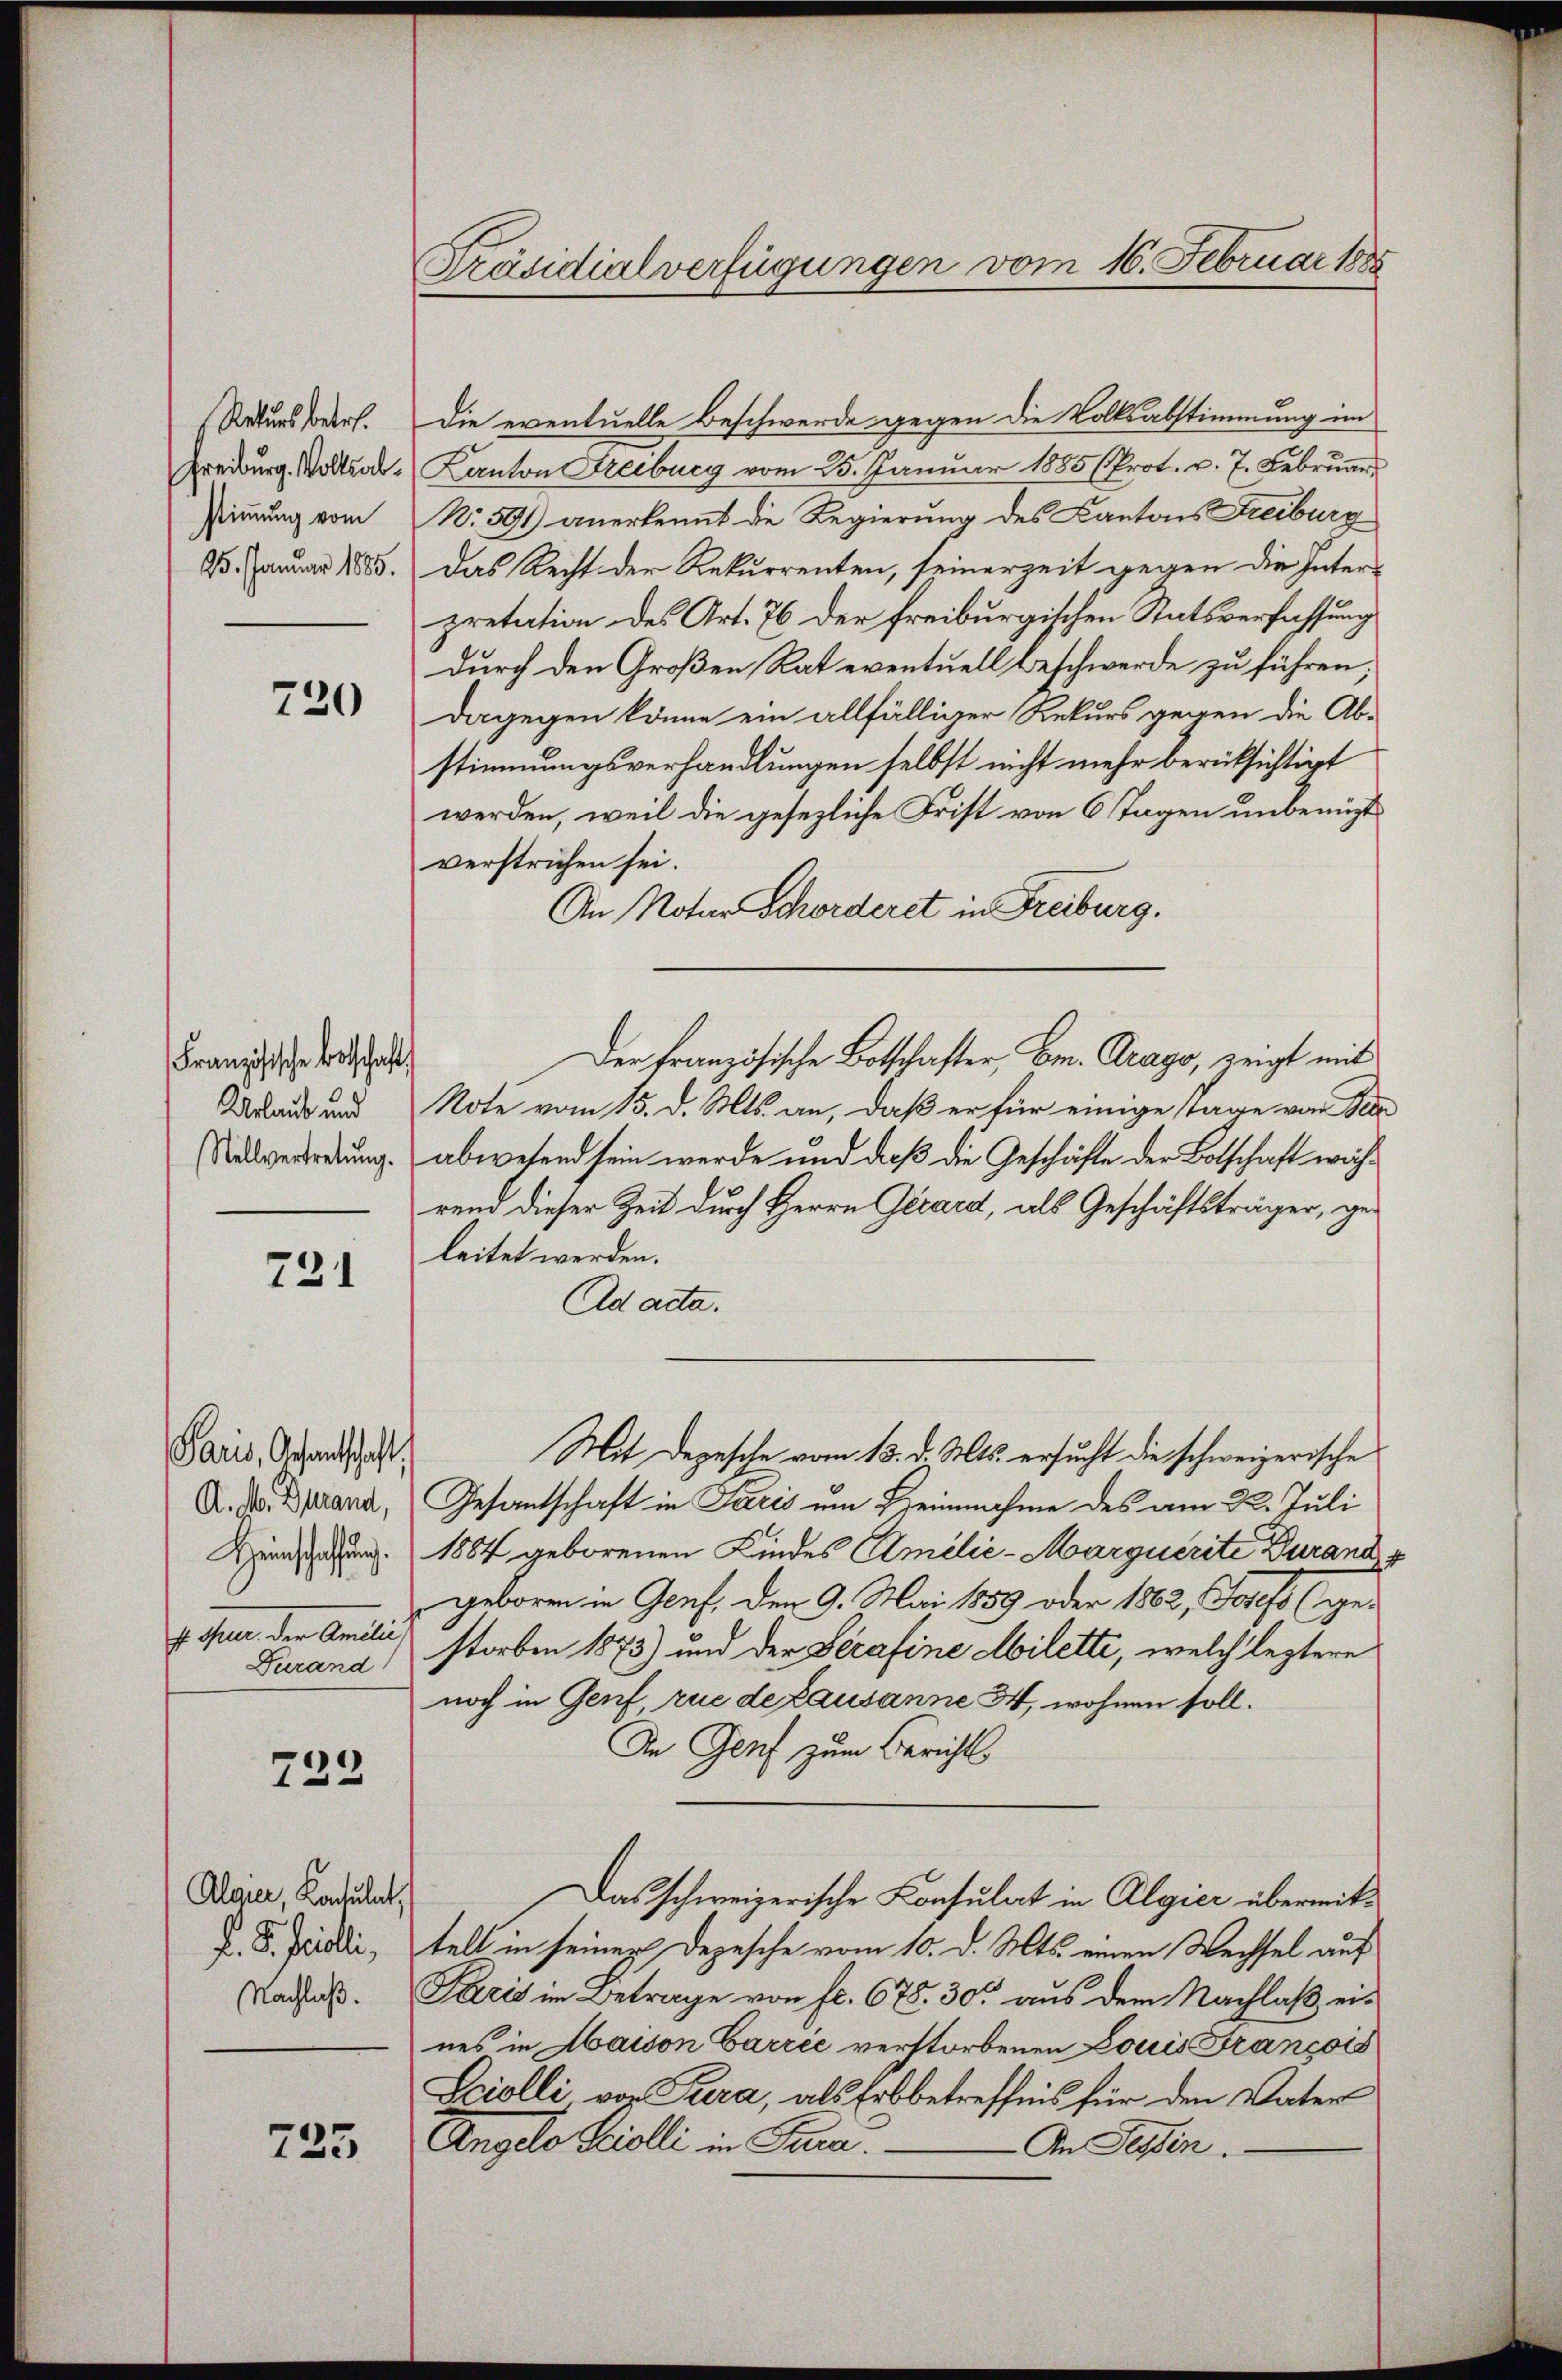
(Raturs betr.
Freiburg. Volksabstimmung vom
15. Januar 1885.

220

Französische Botschaft,
Urlaub und
Stellvertretung.

731

Paris, Gesandtschaft
A. M. Durand,
Heinschaffung.
s. Thur der Anili,
Durand

723

735

Algier, Kontulat,
F. S. Poli
Nachlaß.

Präsidialverfügungen vom 16. Februar 1885

Die eventuelle Beschwerde gegen die Volksabstimmung im
Kanton Freiburg vom 25. Januar 1885 (Prot. v. 7. Februar
No 591 anerkennt die Regierung des Kantons Freiburg
Das Recht der Rekurrenten, seinerzeit gegen die Interpretation des Art. 76 der freiburgischen Statsverfassung
durch den Großen Rat eventuell Beschwerde zu führen;
dagegen könne ein allfälliger Rekurs gegen die Ab-
stimmungsverhandlungen selbst nicht mehr berücksichtigt
werden, weil die gesezliche Frist von 6 Tagen unbenuzt
verstrichen sei.
An Notar Schorderet in Freiburg.
Der Französische Botschafter, Em. Arago, zeigt mit
Note vom 15. d. Mts. an, daß er für einige Tage von Ber
abwesend sein werde und daß die Geschäfte der Botschaft während dieser Zeit durch Herrn Girard, als Geschäftsträger, geleitet werden.
Ad acta.
Mit Depesche vom 13. d. Mts. ersucht die schweizerische
Gesantschaft in Paris um Heinnahme des am 22. Juli
1884 geborenen Kindes Amelić-Marquerite Durand
geboren in Genf, den 9. Mai 1859 oder 1862, Josef (ge-
storben 1875) und der Serafine Abilette, welch leztere
noch in Genf, rue de Lausanne 3, wohnen soll.
In Genf zum Berichts
Das schweizerische Konsulat in Algier übermittelt in seiner Depesche vom 10. d. Mts. einen Wechsel auf
Paris im Betrage von fl. 678. 30 aus dem Nachlaß ernes in Abaison Carrić verstorbenen Louis François
Sciolli von Tiera, als Erbbetreffnis für den Vater
Angelo Fridli in Para
An Tessin.